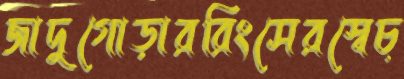
জাদুগোড়াররিংসেরস্বেচ্